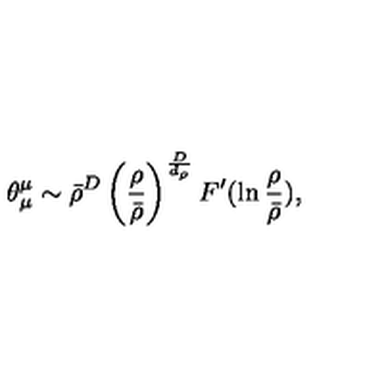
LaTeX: \theta _ { \mu } ^ { \mu } \sim \bar { \rho } ^ { D } \left( \frac { \rho } { \bar { \rho } } \right) ^ { \frac { D } { d _ { \rho } } } F ^ { \prime } ( \ln \frac { \rho } { \bar { \rho } } ) ,